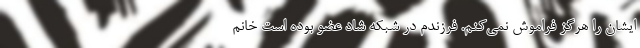
ایشان را هرگز فراموش نمی‌کنم. فرزندم در شبکه شاد عضو بوده است خانم